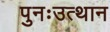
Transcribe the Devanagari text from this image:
पुनःउत्थान